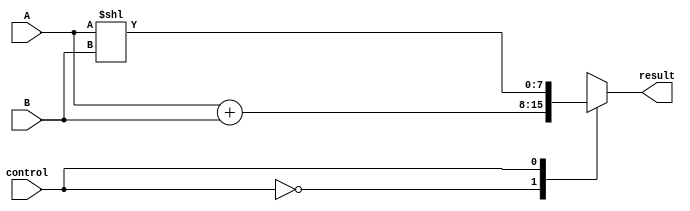
`timescale 1ns / 1ps
//////////////////////////////////////////////////////////////////////////////////
// Arithmetic Logic Unit
//
//////////////////////////////////////////////////////////////////////////////////


module alu(
    input [7:0] A,
    input [7:0] B,
    input control,
    output reg [7:0] result
    );
    
    always@(A, B, control)
    begin
        case(control)
        1'b0:
            begin
            result = A + B;
            end
        1'b1:
            begin
            result = A << B;
            end
        endcase
    end
    
endmodule